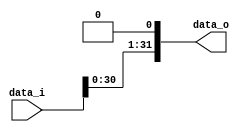
module LeftShift(
    data_i,
    data_o
);

    input[31:0] data_i;
    output[31:0] data_o;
    assign data_o = data_i << 1;

endmodule